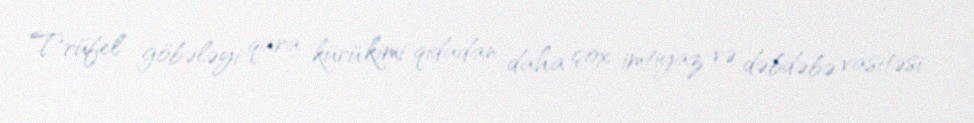
Trüfel göbələyi qara kürü kimi qidadan daha çox imtiyaz və dəbdəbə vasitəsi